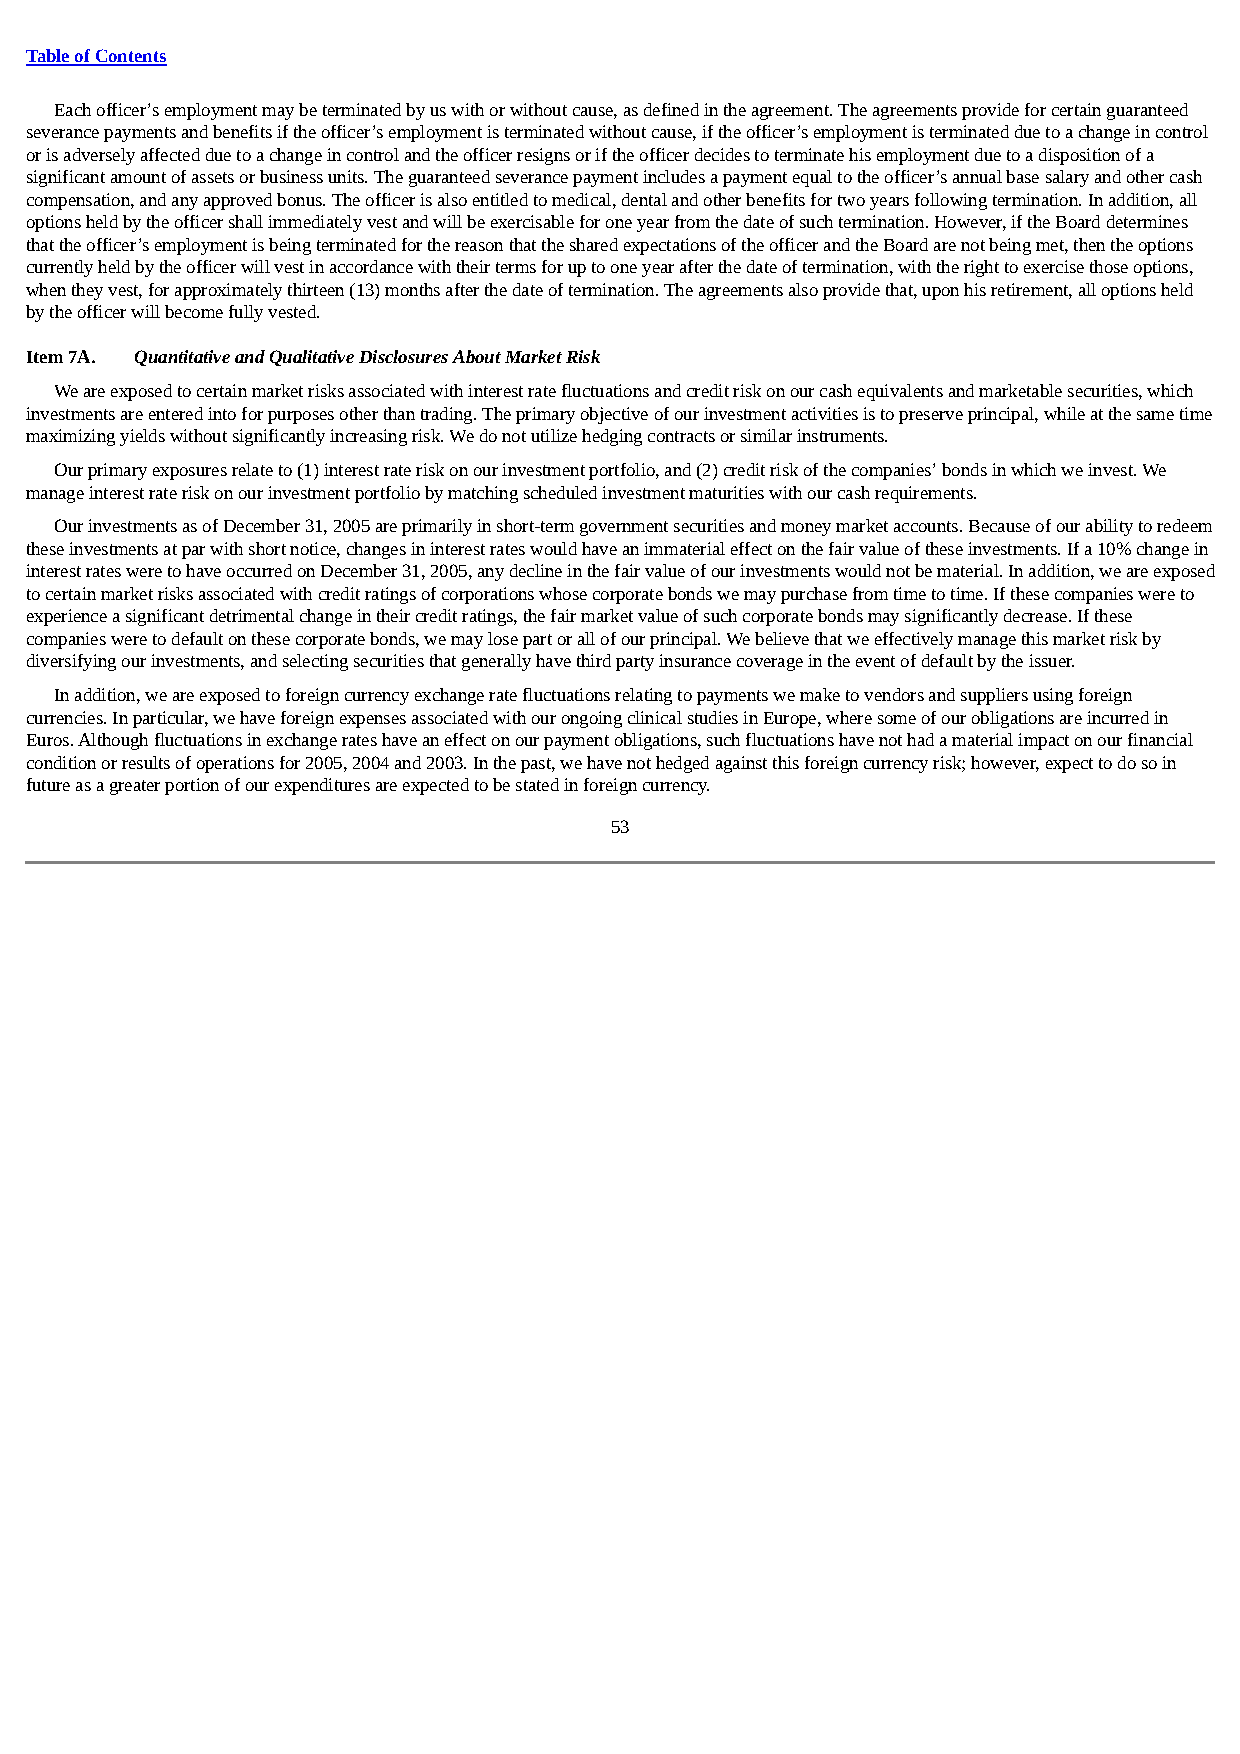
Table of Contents
 Each officer’s employment may be terminated by us with or without cause, as defined in the agreement. The agreements provide for certain guaranteed
 severance payments and benefits if the officer’s employment is terminated without cause, if the officer’s employment is terminated due to a change in control
 or is adversely affected due to a change in control and the officer resigns or if the officer decides to terminate his employment due to a disposition of a
 significant amount of assets or business units. The guaranteed severance payment includes a payment equal to the officer’s annual base salary and other cash
 compensation, and any approved bonus. The officer is also entitled to medical, dental and other benefits for two years following termination. In addition, all
 options held by the officer shall immediately vest and will be exercisable for one year from the date of such termination. However, if the Board determines
 that the officer’s employment is being terminated for the reason that the shared expectations of the officer and the Board are not being met, then the options
 currently held by the officer will vest in accordance with their terms for up to one year after the date of termination, with the right to exercise those options,
 when they vest, for approximately thirteen (13) months after the date of termination. The agreements also provide that, upon his retirement, all options held
 by the officer will become fully vested.
 Item 7A. Quantitative and Qualitative Disclosures About Market Risk
 We are exposed to certain market risks associated with interest rate fluctuations and credit risk on our cash equivalents and marketable securities, which
 investments are entered into for purposes other than trading. The primary objective of our investment activities is to preserve principal, while at the same time
 maximizing yields without significantly increasing risk. We do not utilize hedging contracts or similar instruments.
 Our primary exposures relate to (1) interest rate risk on our investment portfolio, and (2) credit risk of the companies’ bonds in which we invest. We
 manage interest rate risk on our investment portfolio by matching scheduled investment maturities with our cash requirements.
 Our investments as of December 31, 2005 are primarily in short-term government securities and money market accounts. Because of our ability to redeem
 these investments at par with short notice, changes in interest rates would have an immaterial effect on the fair value of these investments. If a 10% change in
 interest rates were to have occurred on December 31, 2005, any decline in the fair value of our investments would not be material. In addition, we are exposed
 to certain market risks associated with credit ratings of corporations whose corporate bonds we may purchase from time to time. If these companies were to
 experience a significant detrimental change in their credit ratings, the fair market value of such corporate bonds may significantly decrease. If these
 companies were to default on these corporate bonds, we may lose part or all of our principal. We believe that we effectively manage this market risk by
 diversifying our investments, and selecting securities that generally have third party insurance coverage in the event of default by the issuer.
 In addition, we are exposed to foreign currency exchange rate fluctuations relating to payments we make to vendors and suppliers using foreign
 currencies. In particular, we have foreign expenses associated with our ongoing clinical studies in Europe, where some of our obligations are incurred in
 Euros. Although fluctuations in exchange rates have an effect on our payment obligations, such fluctuations have not had a material impact on our financial
 condition or results of operations for 2005, 2004 and 2003. In the past, we have not hedged against this foreign currency risk; however, expect to do so in
 future as a greater portion of our expenditures are expected to be stated in foreign currency.
 53